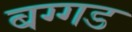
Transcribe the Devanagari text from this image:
बग्‍गड